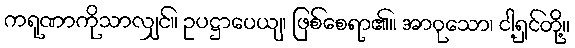
ကရုဏာကိုသာလျှင်။ ဥပဋ္ဌာပေယျ၊ ဖြစ်စေရာ၏။ အာဝုသော၊ ငါ့ရှင်တို့။